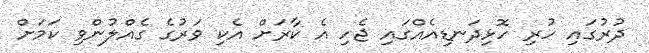
ދުރުގައި ހުރި ހޮޅިދަނޑިއެއްގައި ޖެހި އެ ކާރަށް އެކި ވަރުގެ ގެއްލުންވި ކަމަށް